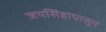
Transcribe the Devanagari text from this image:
जयसिंहापासून